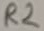
Text: R2